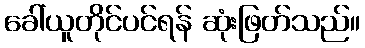
ခေါ်ယူတိုင်ပင်ရန် ဆုံးဖြတ်သည်။